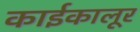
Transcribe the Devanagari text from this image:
काईकालूर